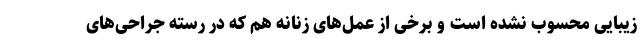
زیبایی محسوب نشده است و برخی از عمل‌های زنانه هم که در رسته جراحی‌های